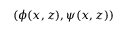
( \phi ( x , z ) , \psi ( x , z ) )